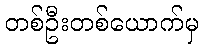
တစ်ဦးတစ်ယောက်မှ